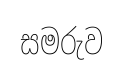
සමරුව